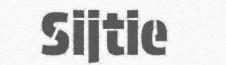
Sijtie